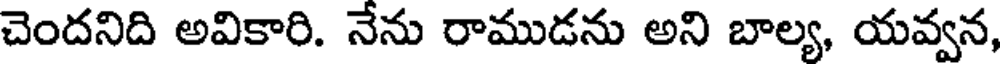
చెందనిది అవికారి. నేను రాముడను అని బాల్య, యవ్వన,